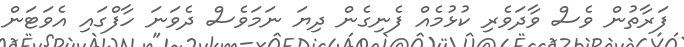
ފަރާތުން ވެސް ވާދަވެރި ކުޅުމެއް ފެނިގެން ދިޔަ ނަމަވެސް ދެވަނަ ހާފްގައި އެވަޓަން